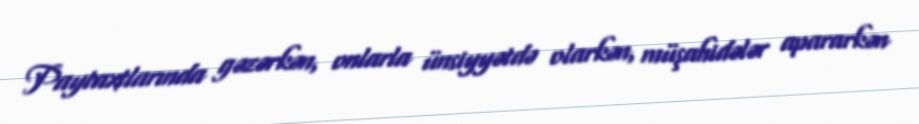
Paytaxtlarında gəzərkən, onlarla ünsiyyətdə olarkən, müşahidələr apararkən